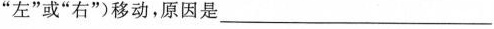
”左”或”右”)移动，原因是___